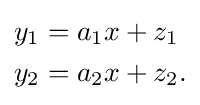
{\begin{aligned}y_{1}&=a_{1}x+z_{1}\\y_{2}&=a_{2}x+z_{2}.\end{aligned}}